Memorandum on the prevention of leprosy by segregation of the affected
Disease focus: Leprosy
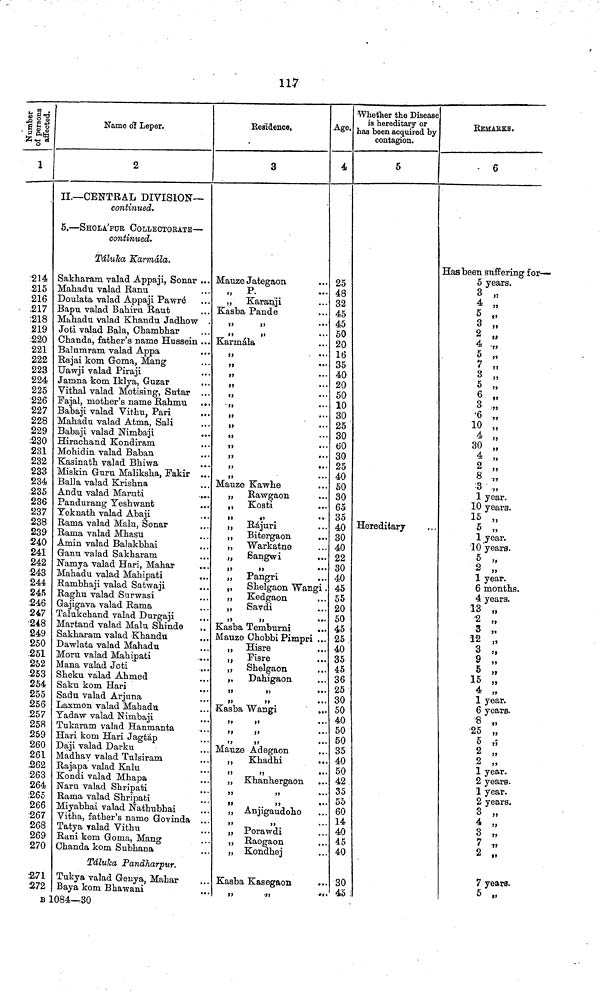
117
1
214
215
216
.217
218
Name dì Leper.
2
II.—CENTRAL DIVISION—
continued.
5,—SHOLA'PUR COLLECTORATE—
continued.
Táluka Karmála.
Sakharam valad Appaji, Sonar ...
Mahadu valad Ranu
Doulata valad Appaji Pawré
Bapu valad Bahirn Raut
Mahadu valad Khandu Jadhow .
219 Joti valad Bala, Cbambhar
220 Chanda, father's name Hussein ...
221
222
223
224
225
226
227
228
229
.230
231
232
233
234
.235
236
237
238
239
:240
241
242
243
244
245
:246
247
•248
249
250
251
262
253
254
255
256
257
258
259
260
261
.262
263
264
265
266
267
268
269
270
-.2,71
:272
£
Balumram valad Appa
Rajai kom Goma, Mang
Uawji valad Piraji
Jamna kom Iklya, Guzar
Vithal valad Motising, Sutar ...
Fajal, mother's name Rahmu
...
Babaji valad Vithu, Pari
Mahadu valad Atma, Sali
Babaji valad Nimbaji
...
Hirachand Kondiram
Mohidin valad Baban
Kasinath valad Bhiwa
Miskin Guru Maliksha, Fakir ...
Balla valad Krishna
Andu valad Mar-uti
Pandurang Teshwant
Yeknath valad Abaji
Rama valad Malu, Sonar
Rama valad Mhasn
Amin valad Balakbhai
Ganu valad Sakharam
Namya valad Hari, Mahar
Mahadu valad Mahipati
Rambhaji valad Safrwaji
Raghu valad Surwasi
Gajigava valad Rama
Talukchand valad Durgaji
Martand valad Malu Shinde
Sakharam valad Khandtt
Dawlata valad Mahadu
Moru valad Mahipati
Mana valad Joti
Sheku valad Ahmed
Saku kom Hari
Sadu valad Arjuna
Laxmon valad Mahadu
Tadaw valad Nimbaji
Tukaram valad Hanmanta
Hari kom Hari Jagtáp
Daji valad Darku
Madhav valad Tulsiram
Rajapa valad Kalu
Kondi valad Mhapa
Naru valad Shripati
Rama valad Shripati
Miyabhai valad Nathubhai
Vitha, father's name Govinda
Tatya valad Vithu
Rani kom Goma, Mang
Chanda kom Subhana
Táluha Pandharpur.
Tukya valad Genya, Mahar
Baya kom Bhawani
1084—30
Residence,
3
•
Mauze Jategaon
P.
„
Karanji
Kasba Pande
Karmála
»>
•••
»>
••'
»!
fi
,,
...
ìì
•••
Mauze Kawhe
„
Rawgaon
,,
Kosti
„
Rájuri
,, Bitergaon
...
„
Warkatne
„
Sangwi
„
Pangri
„
Shelgaon Wangi .
,,
Kedgaon
,,
Savdi
Kasba Temburni
Mauze ChobbiPimpri ...
„
Hisre
,,
Fisre
,,
Shelgaon
„
Dahigaon
Kasba Wangi
. Mauze Adegaon
,,
Khadhi
..
„ Khanhergaon
..
„ Anjigaudoho
>
„ Porawdi
„ Raogaon
„ Kondhej
. Kasba Kasegaon
.
Age.
4
25
48
32
45
45
50
20
16
35
40
20
50
10
30
25
30
60
30
25
40
50
30
65
35
40
30
40
22
30
40
45
55
20
50
45
25
40
35
45
36
25
Whether the Disease
is hereditary or
has been acquired by
contagion.
5
Hereditary
30
50
40
. 50
. 50
. 35
. 40
. 50
. 42
. 35
. 55
. 60
. 14
. 40
. 45
. 40
.. 30
REMARKS.
6
Has been suffering for—
5 years.
3 „
4 „
5 ,,
3 „
2 „
4 ,,
5 ,,
7 ,,
3 „
5 „
6 „
3 ,„
'6 „
10 „
4 „
30 „
4 „
2 „
8 ,,
3 „
1 year.
10 years.
15 „
5 »
1 year.
10 years.
5 »
2 „
1 year.
6 months.
4 years.
13 „
2 „
3 ,.
12 „
3 „
9
,,
5 „
15 „
4 „
1 year.
6 years.
>
.. 45
25
5 ,,
2 „
2 „
1 year.
2 years.
1 year.
2 years.
3 „
4 „
3 „
7 ,,,
2 „
7 years.
5 „